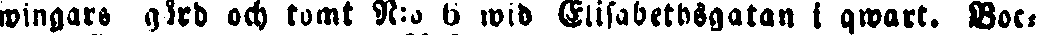
wingars gård och tomt N:o 6 wid Elisabethsgatan i qwart. Boc-